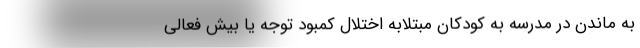
به ماندن در مدرسه به کودکان مبتلابه اختلال کمبود توجه یا بیش فعالی